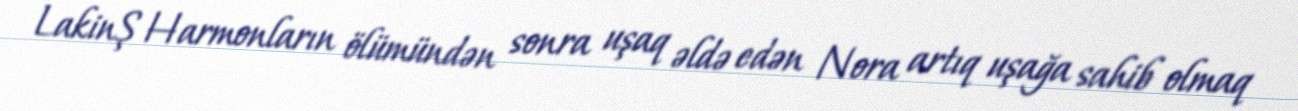
LakinŞ Harmonların ölümündən sonra uşaq əldə edən Nora artıq uşağa sahib olmaq